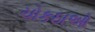
ચોકઠાઓ